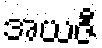
အယဇီ